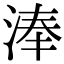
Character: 淎